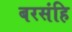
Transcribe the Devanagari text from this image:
बरसंहि